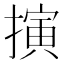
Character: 𢴍